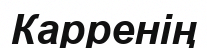
Карренің